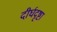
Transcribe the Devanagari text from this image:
दीर्घदृष्टा